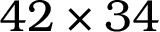
4 2 \times 3 4